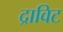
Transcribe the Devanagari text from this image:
द्राविट